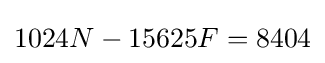
1024N-15625F=8404